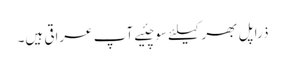
ذرا پل بھر کیلئے سوچئیے آپ عراقی ہیں۔